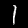
Digit: 1